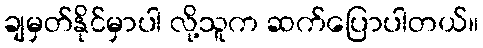
ချမှတ်နိုင်မှာပါ လို့သူက ဆက်ပြောပါတယ်။